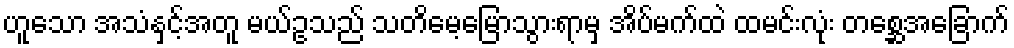
ဟူသော အသံနှင့်အတူ မယ်ဥသည် သတိမေ့မြောသွားရာမှ အိပ်မက်ထဲ ထမင်းလုံး တစ္ဆေအခြောက်